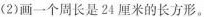
(2)画一个周长是24厘米的长方形。